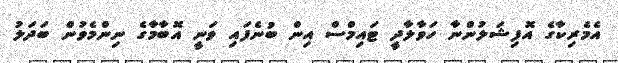
އެމެރިކާގެ އޮފިޝަލުންނާ ހަވާލާދީ ޓައިމްސް އިން ބުނެފައި ވަނީ އޮބާމާގެ ނިންމެވުން ބަދަލު